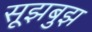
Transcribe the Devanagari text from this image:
सूझबुझ